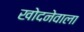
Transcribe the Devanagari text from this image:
खोदनेवाला